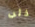
ذئب